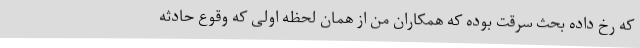
که رخ داده بحث سرقت بوده که همکاران من از همان لحظه اولی که وقوع حادثه